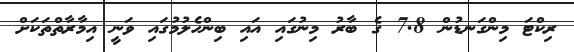
ރިކްޓަ މިންގަނޑުން 7.8 ގެ ބާރު މިނުގައި އައި ބިންހެލުމުގައި ވަނީ އިމާރާތްތަކަށް